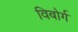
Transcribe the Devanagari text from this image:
विबोर्ग